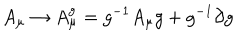
LaTeX: A _ { \mu } \to A _ { \mu } ^ { g } = g ^ { - 1 } A _ { \mu } g + g ^ { - 1 } \partial g